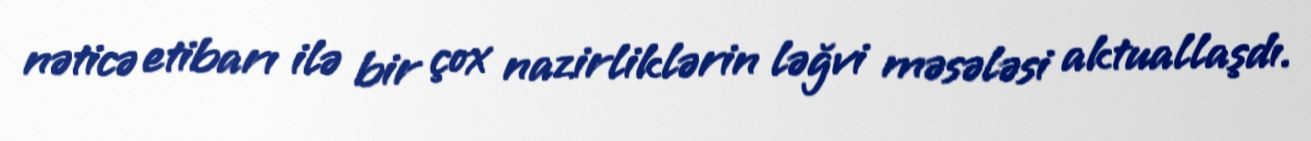
nəticə etibarı ilə bir çox nazirliklərin ləğvi məsələsi aktuallaşdı.